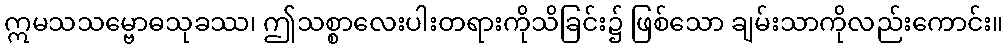
ဣမသသမ္ဗောဓသုခဿ၊ ဤသစ္စာလေးပါးတရားကိုသိခြင်း၌ ဖြစ်သော ချမ်းသာကိုလည်းကောင်း။